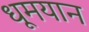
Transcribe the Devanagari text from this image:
धूमयान